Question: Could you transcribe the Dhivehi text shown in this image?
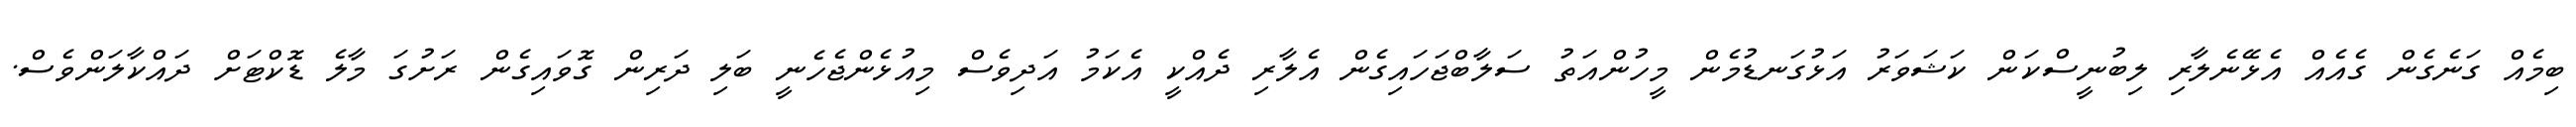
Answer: ބިމެއް ގަނެގެން ގެއެއް އެޅޭނެލާރި ލިބުނީސްކަން ކަޝަވަރު އަޅުގަނޑުމެން މީހުންއަތު ސަލާބްޖަހައިގެން އެލާރި ދެއްކީ އެކަމު އަދިވެސް މިއުޅެންޖެހެނީ ބަލި ދަރިން ގޮވައިގެން ރަށުގަ މާލެ ޑޮކްޓަށް ދައްކާލަންވެސް.